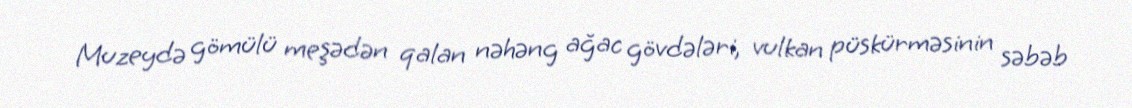
Muzeydə gömülü meşədən qalan nəhəng ağac gövdələri, vulkan püskürməsinin səbəb